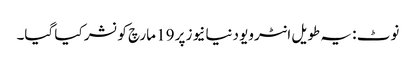
نوٹ : یہ طویل انٹرویو دنیا نیوز پر 19 مارچ کو نشر کیا گیا۔